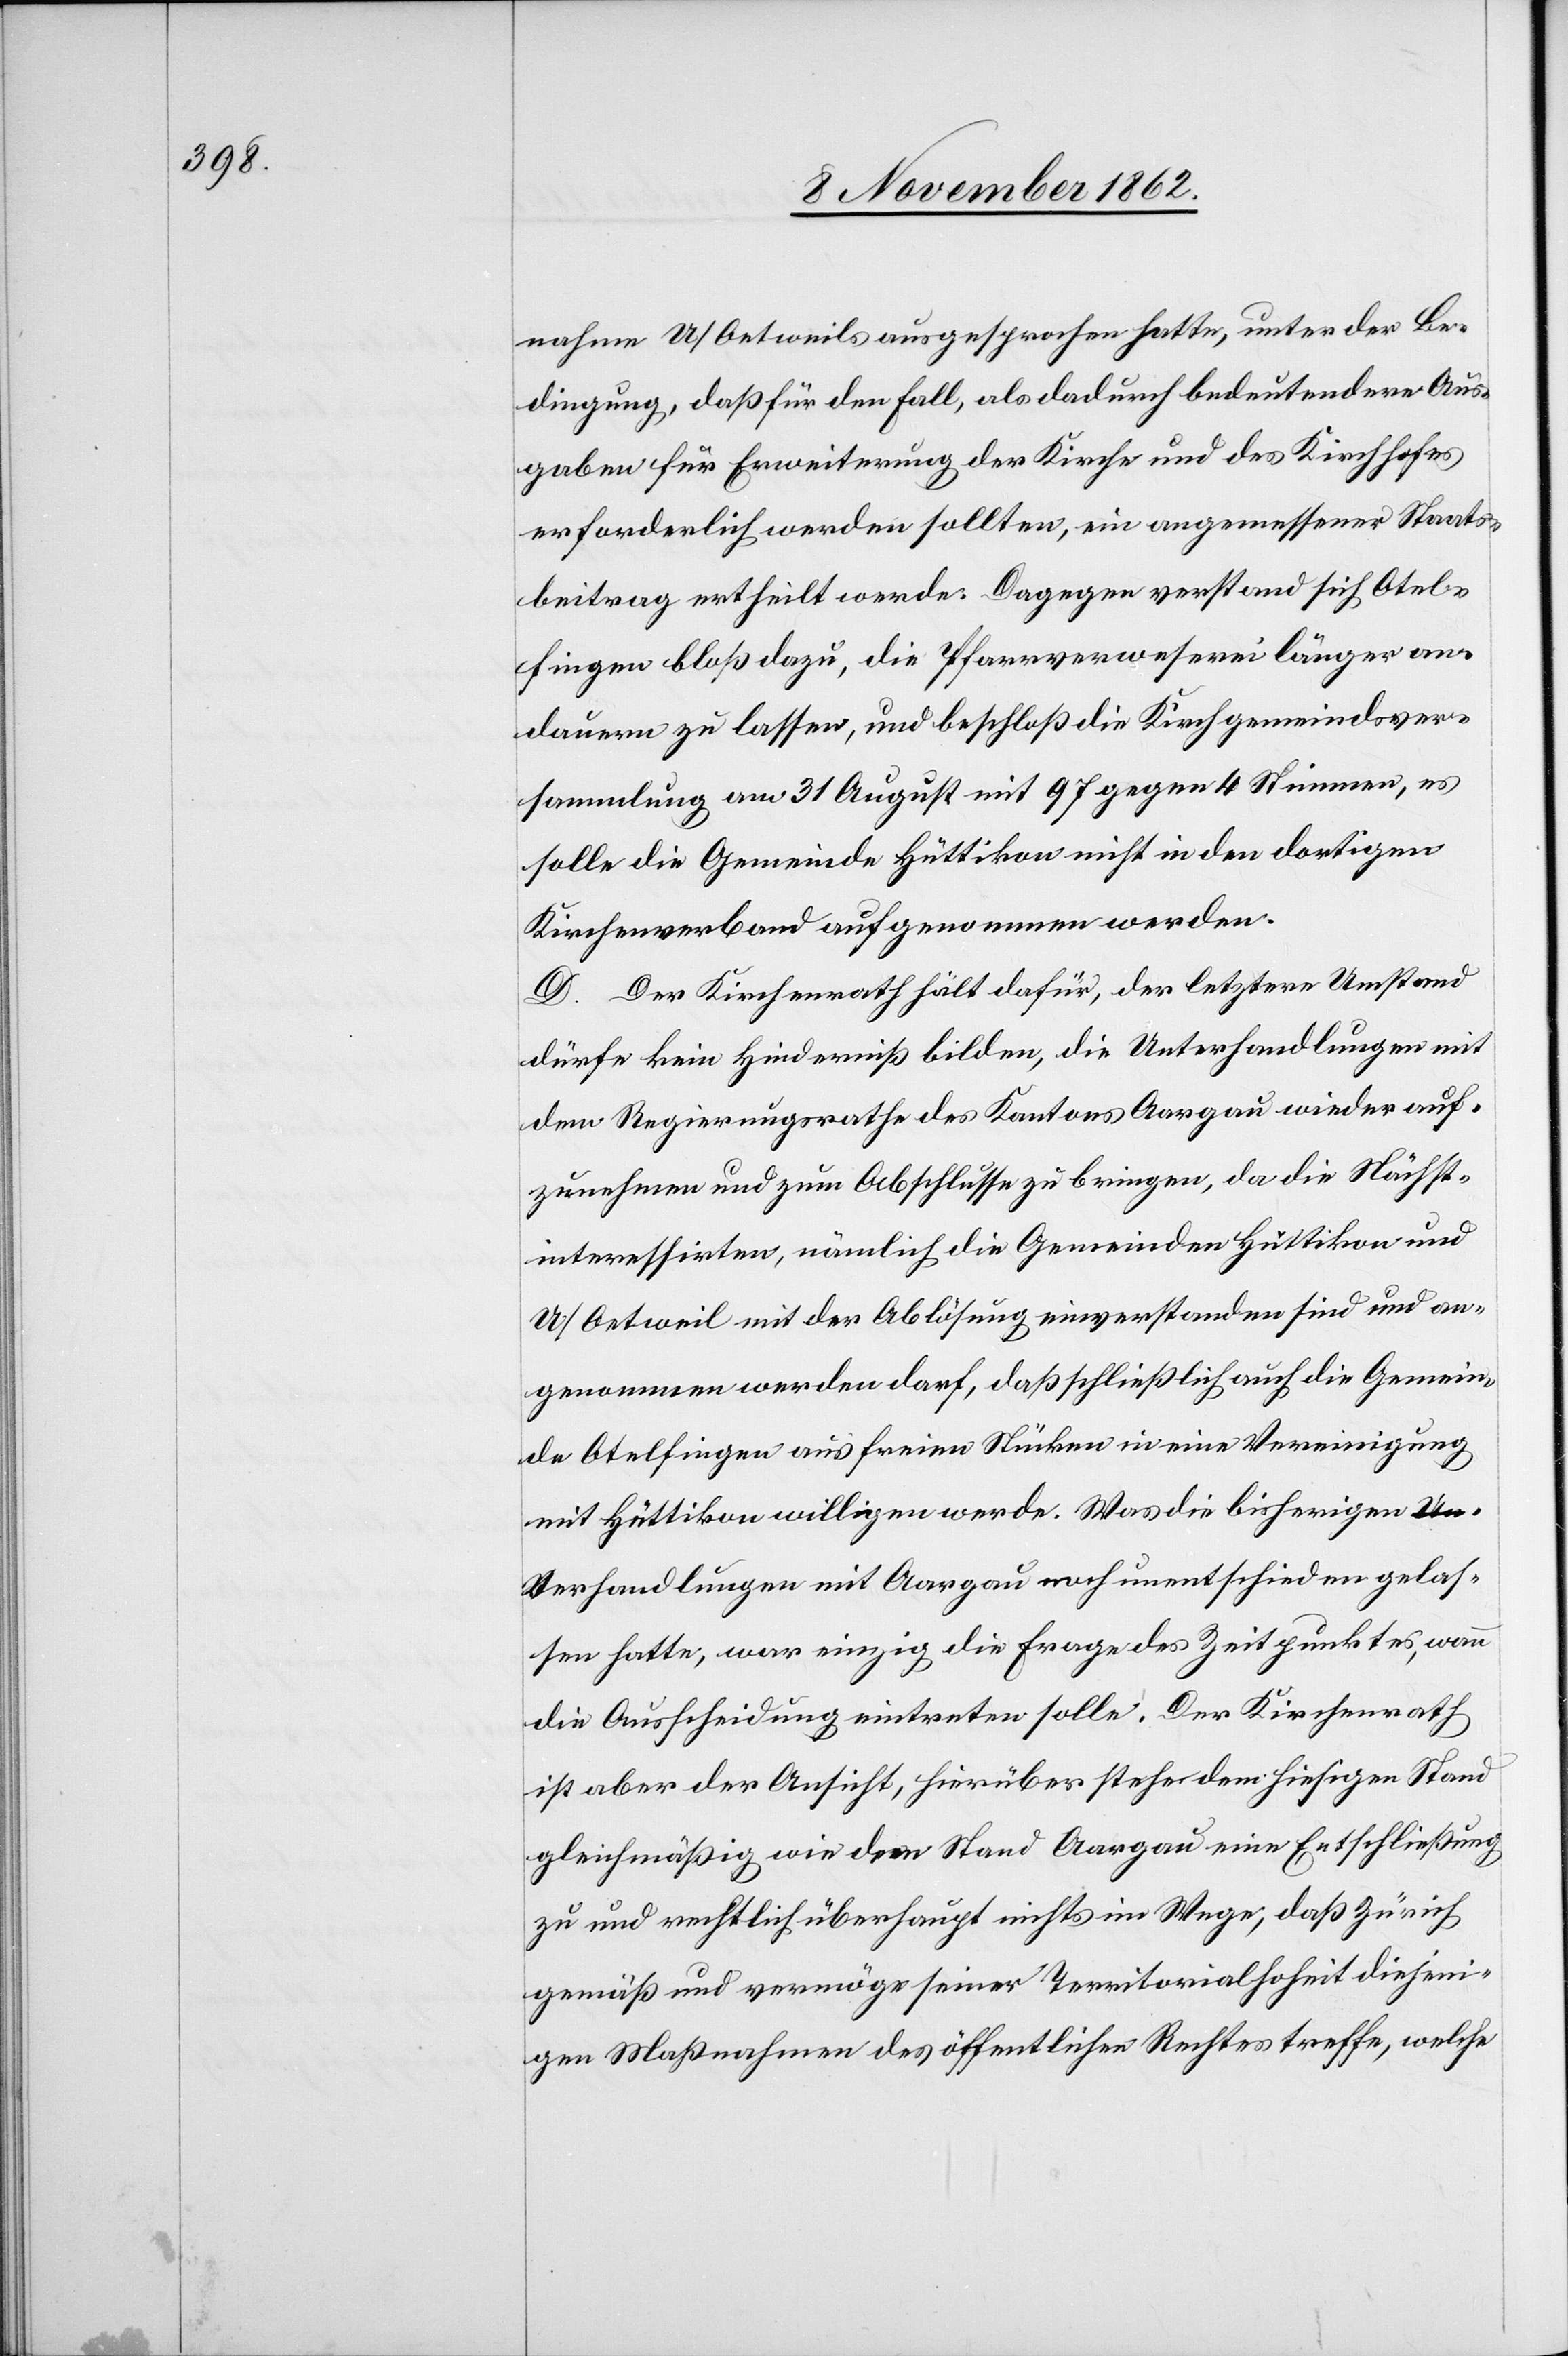
nahme U/Oetweil ausgesprochen hatte, unter der Be¬
dingung, daß für den Fall, als dadurch bedeutendere Aus¬
gaben für Erweiterung der Kirche und des Kirchhofes
erforderlich werden sollte, ein angemessener Staats¬
beitrag ertheilt werde. Dagegen verstand sich Otel¬
fingen bloß dazu, die Pfarrverweserei länger an¬
dauern zu lassen, und beschloß die Kirchgemeindsver¬
sammlung am 31. August mit 97 gegen 4 Stimmen, es
solle die Gemeinde Hüttikon nicht in den dortigen
Kirchenverband aufgenommen werden.
D. Der Kirchenrath hält dafür, der letztere Umstand
dürfe kein Hinderniß bilden, die Unterhandlungen mit
dem Regierungsrathe des Kantons Aargau wieder auf¬
zunehmen und zum Abschlusse zu bringen, da die Nächst¬
interessirten, nämlich die Gemeinden Hüttikon und
U/Oetweil mit der Ablösung einverstanden sind und an¬
genommen werden darf, daß schließlich auch die Gemein¬
de Otelfingen aus freien Stücken in eine Vereinigung
mit Hüttikon willigen werde. Was die bisherigen V¬
erhandlungen mit Aargau noch unentschieden gelas¬
sen hatte, war einzig die Frage des Zeitpunktes, wann
die Ausscheidung eintreten solle. Der Kirchenrath
ist aber der Ansicht, hierüber stehe dem hiesigen Stand
gleichmäßig wie dem Stand Aargau eine Entschließung
zu und rechtlich überhaupt nichts im Wege, daß Zürich
gemäß und vermöge seiner Territorialhoheit diejeni¬
gen Maßnahmen des öffentlichen Rechtes treffe, welche